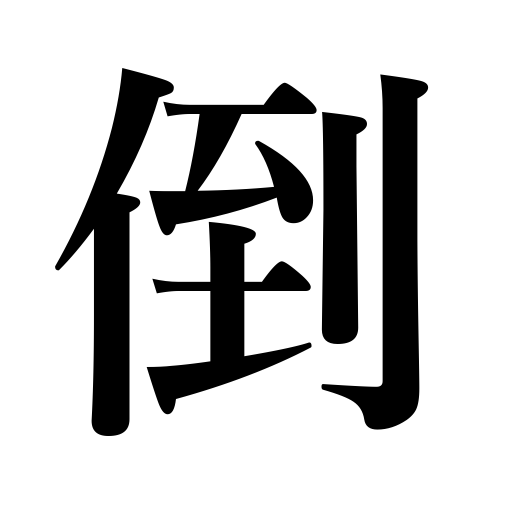
Meanings: fall,defeat,throw down,succumb to,drop,cheat,blow down,collapse,ruin,overthrow,leave unpaid,trip up,fall senseless,bring down,fell,have a bad debt,die,break down,kill,be ruined,knock down